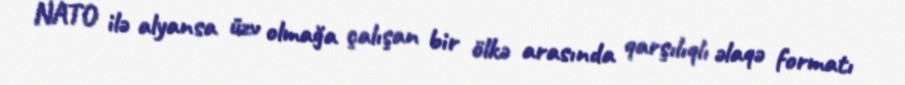
NATO ilə alyansa üzv olmağa çalışan bir ölkə arasında qarşılıqlı əlaqə formatı